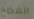
الفخاخ